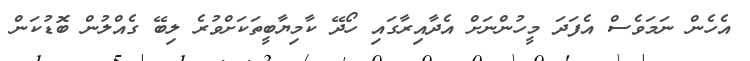
އެހެން ނަމަވެސް އެފަދަ މީހުންނަށް އެދާއިރާގައި ހޯދޭ ކާމިޔާބީތަކަށްވުރެ ލިބޭ ގެއްލުން ބޮޑުކަން